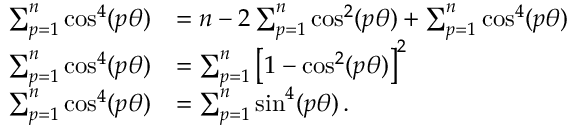
\begin{array} { r l } { \sum _ { p = 1 } ^ { n } \cos ^ { 4 } ( p \theta ) } & { = n - 2 \sum _ { p = 1 } ^ { n } \cos ^ { 2 } ( p \theta ) + \sum _ { p = 1 } ^ { n } \cos ^ { 4 } ( p \theta ) \, } \\ { \sum _ { p = 1 } ^ { n } \cos ^ { 4 } ( p \theta ) } & { = \sum _ { p = 1 } ^ { n } \left[ 1 - \cos ^ { 2 } ( p \theta ) \right] ^ { 2 } \, } \\ { \sum _ { p = 1 } ^ { n } \cos ^ { 4 } ( p \theta ) } & { = \sum _ { p = 1 } ^ { n } \sin ^ { 4 } ( p \theta ) \, . } \end{array}